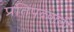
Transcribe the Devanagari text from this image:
प्रतिपदवाली